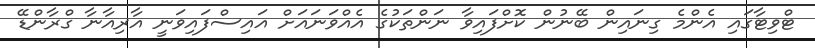
ޓްވިޓާގައި އެންމެ ގިނައިން ބޭނުން ކޮށްފައިވާ ނަންތަކުގެ އެއްވަނައަށް އައިސްފައިވަނީ އާރިއާނާ ގްރާންޑޭ